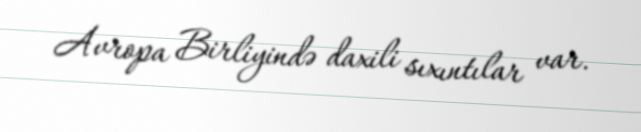
Avropa Birliyində daxili sıxıntılar var.